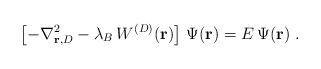
LaTeX: \begin{align*}\left[ - \nabla_{{\bf r}, {D} }^2- \lambda_{B} \,W^{({D})}({\bf r}) \right]\, \Psi ({\bf r})=E \, \Psi ({\bf r})\; .\end{align*}